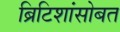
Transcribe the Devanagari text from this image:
ब्रिटिशांसोबत